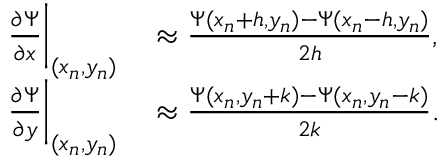
\begin{array} { r l } { \frac { \partial \Psi } { \partial x } \bigg | _ { ( x _ { n } , y _ { n } ) } } & { { } \approx \frac { \Psi ( x _ { n } + h , y _ { n } ) - \Psi ( x _ { n } - h , y _ { n } ) } { 2 h } , } \\ { \frac { \partial \Psi } { \partial y } \bigg | _ { ( x _ { n } , y _ { n } ) } } & { { } \approx \frac { \Psi ( x _ { n } , y _ { n } + k ) - \Psi ( x _ { n } , y _ { n } - k ) } { 2 k } . } \end{array}